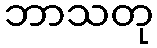
ဘာသတု